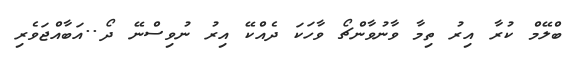
ބްލޭމް ކުރާ އިރު ތިމާ ވާނުވާންޗޯ ވާހަކަ ދެއްކޭ އިރު ނުވިސްނޭ ދޯ..އަބާއްޖަވެރި